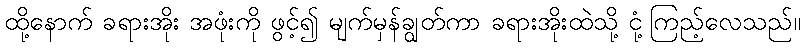
ထို့နောက် ခရားအိုး အဖုံးကို ဖွင့်၍ မျက်မှန်ချွတ်ကာ ခရားအိုးထဲသို့ ငုံ့ကြည့်လေသည်။